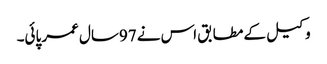
وکیل کے مطابق اس نے 97سال عمر پائی۔